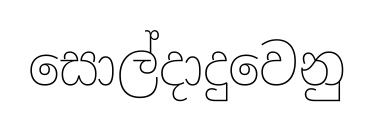
සොල්දාදුවෙනු